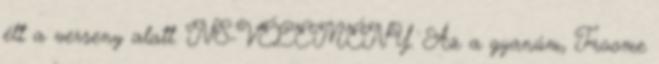
élt a verseny alatt. NS-VÉLEMÉNY. Az a gyanúm, Froome